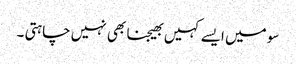
سو میں ایسے کہیں بھیجنا بھی نہیں چاہتی ۔